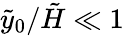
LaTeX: {\tilde{y}_{0}}/{\tilde{H}}\ll 1